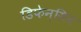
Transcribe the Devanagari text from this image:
डिफेन्सिव